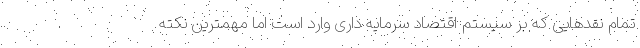
تمام نقدهایی که بر سیستم اقتصاد سرمایه داری وارد است اما مهمترین نکته